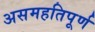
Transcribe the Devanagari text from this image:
असमहतिपूर्ण